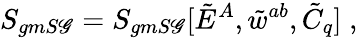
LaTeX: S_{gmS\mathscr{G}}=S_{gmS\mathscr{G}}[\tilde{{E}}^{A},\tilde{{w}}^{ab},\tilde{{C}}_{q}]\; ,